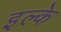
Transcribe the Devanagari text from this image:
इल्‍के